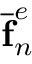
\mathbf { \overline { { f } } } _ { n } ^ { e }